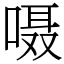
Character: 嗫